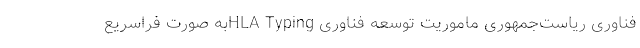
فناوری ریاست‌جمهوری ماموریت توسعه فناوری HLA Typingبه صورت فراسریع